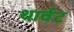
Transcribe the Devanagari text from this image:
थार्वट